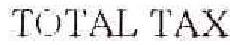
TOTAL TAX